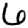
Digit: 6